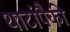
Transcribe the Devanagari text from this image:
थाटांपैकी